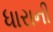
ધારાની